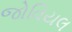
જોવિયલ